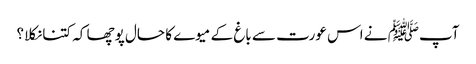
آپﷺ نے اس عورت سے باغ کے میوے کا حال پوچھا کہ کتنا نکلا؟